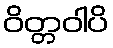
ဝိတ္တဝါပိ